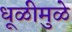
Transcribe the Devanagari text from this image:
धूळीमुळे